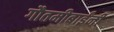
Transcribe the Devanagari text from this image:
गौतमीबाईंनी